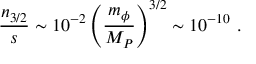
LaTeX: { \frac { n _ { 3 / 2 } } { s } } \sim 1 0 ^ { - 2 } \left( { \frac { m _ { \phi } } { M _ { P } } } \right) ^ { 3 / 2 } \sim 1 0 ^ { - 1 0 } \ .